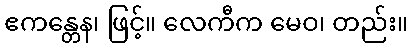
ဧကန္တေန၊ ဖြင့်။ လေကီက မေဝ၊ တည်း။